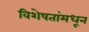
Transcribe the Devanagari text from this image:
विशेषतांमधून